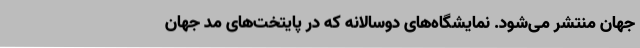
جهان منتشر می‌شود. نمایشگاه‌های دوسالانه که در پایتخت‌های مد جهان